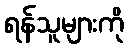
ရန်သူများကို